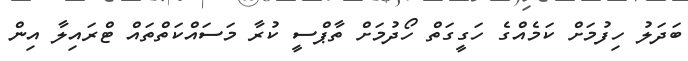
ބަދަލު ހިފުމަށް ކަމެއްގެ ހަގީގަތް ހޯދުމަށް ތާޕްސީ ކުރާ މަސައްކަތްތައް ޓްރައިލާ އިން